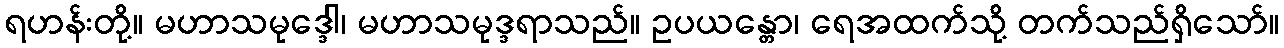
ရဟန်းတို့။ မဟာသမုဒ္ဒေါ၊ မဟာသမုဒ္ဒရာသည်။ ဥပယန္တော၊ ရေအထက်သို့ တက်သည်ရှိသော်။